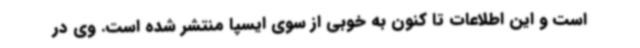
است و این اطلاعات تا کنون به خوبی از سوی ایسپا منتشر شده است. وی در